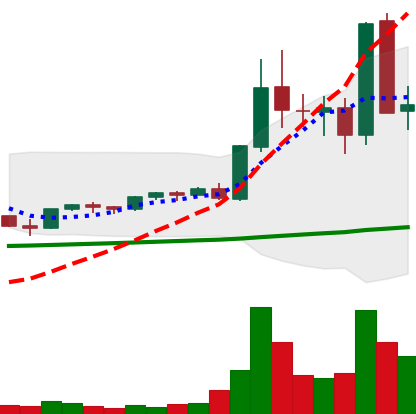
Ticker: EOS-USD
Chart end date: 2021-05-13
Forward return: -12.366%
Label: down_7plus